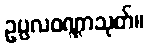
ဥပ္ပလဝဏ္ဏာသုတ်။